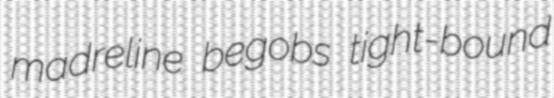
madreline begobs tight-bound